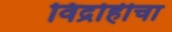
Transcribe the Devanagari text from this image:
विद्रोहीचा